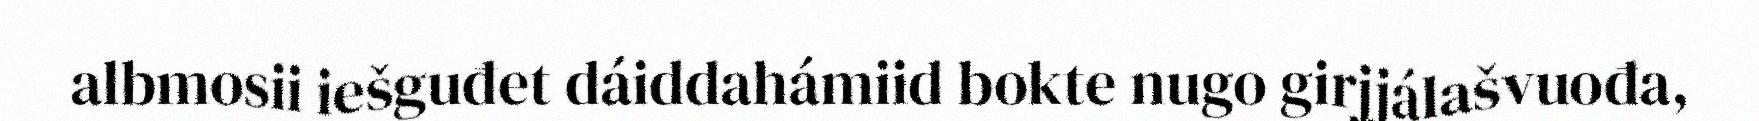
albmosii iešguđet dáiddahámiid bokte nugo girjjálašvuođa,